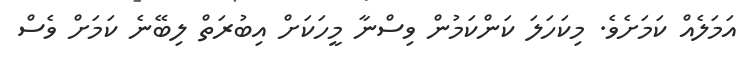
އަމަލެއް ކަމަށެވެ. މިކަހަލަ ކަންކަމުން ވިސްނާ މީހަކަށް އިބުރަތް ލިބޭނެ ކަމަށް ވެސް